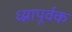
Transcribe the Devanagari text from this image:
ध्य्नापूर्वक